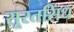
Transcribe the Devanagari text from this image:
सूरतसिंध